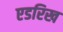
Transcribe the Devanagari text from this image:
एडरिख